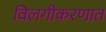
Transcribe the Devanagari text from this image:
विलगीकरणात